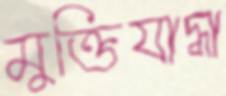
মুক্তিযাদ্ধা